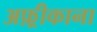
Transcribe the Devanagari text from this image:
अफ़्रीकाना